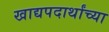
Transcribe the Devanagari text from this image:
खाद्यपदार्थांच्या